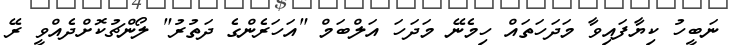
ނަބީހު ކިޔާފައިވާ މަދަހަތައް ހިމެނޭ މަދަހަ އަލްބަމް "އަހަރެންގެ ދަތުރު" ލޯންޗުކޮށްދެއްވީ ރޭ